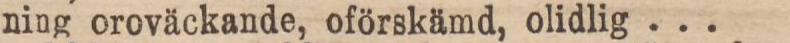
ning oroväckande, oförskämd, olidlig ...